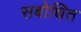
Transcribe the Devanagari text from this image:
सबोधित